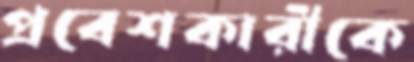
প্রবেশকারীকে